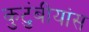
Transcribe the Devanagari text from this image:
कुटुंबीयांस